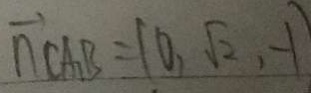
\overrightarrow { n } C A _ { 1 } B = ( 0 , \sqrt { 2 } , - 1 )